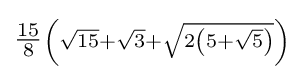
\scriptstyle {\tfrac {15}{8}}\left({\sqrt {15}}+{\sqrt {3}}+{\sqrt {2\left(5+{\sqrt {5}}\right)}}\right)